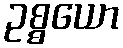
ဥစ္စယော